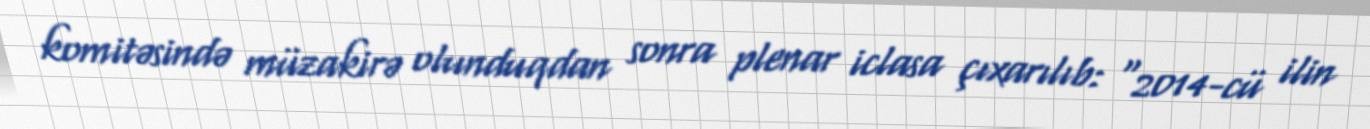
komitəsində müzakirə olunduqdan sonra plenar iclasa çıxarılıb: “2014-cü ilin